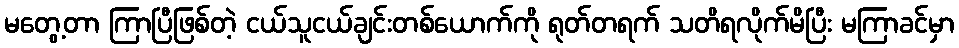
မတွေ့တာ ကြာပြီဖြစ်တဲ့ ငယ်သူငယ်ချင်းတစ်ယောက်ကို ရုတ်တရက် သတိရလိုက်မိပြီး မကြာခင်မှာ